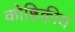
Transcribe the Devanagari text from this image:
कोष्ठिकीय